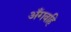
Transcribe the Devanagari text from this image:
अँगवहि